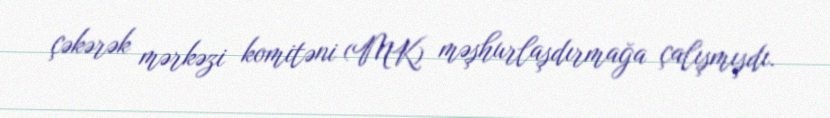
çəkərək mərkəzi komitəni (MK) məşhurlaşdırmağa çalışmışdı.